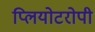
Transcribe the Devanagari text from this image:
प्लियोटरोपी